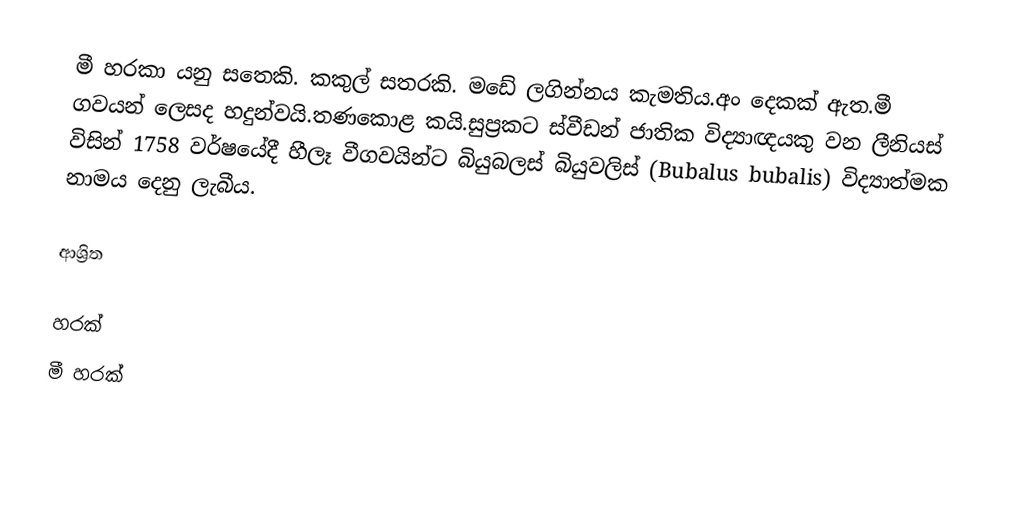
මී හරකා යනු සතෙකි. කකුල් සතරකි. මඩේ ලගින්න‍ය කැමතිය.අං දෙකක් ඇත.මී ගවයන් ලෙසද හදුන්වයි.තණකොළ කයි.සුප්‍රකට ස්වීඩන් ජාතික විද්‍යාඥයකු වන ලීනියස් විසින් 1758 වර්ෂයේදී හීලෑ වීගවයින්ට බියුබලස් බියුවලිස් (Bubalus bubalis) විද්‍යාත්මක නාමය දෙනු ලැබීය.

ආශ්‍රිත

හරක්
මී හරක්